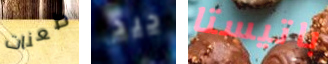
طعنات جيد باتيستا